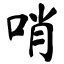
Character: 哨